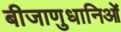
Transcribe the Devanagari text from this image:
बीजाणुधानिओं